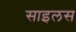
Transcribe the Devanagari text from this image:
साइलस